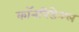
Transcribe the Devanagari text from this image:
कॉनपिडेन्श्ल